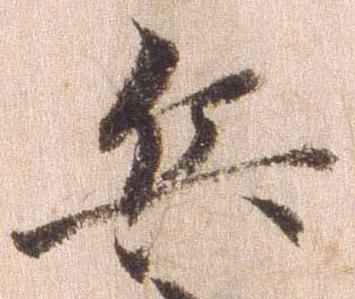
兵